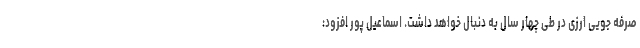
صرفه جویی ارزی در طی چهار سال به دنبال خواهد داشت. اسماعیل پور افزود: